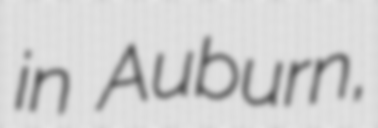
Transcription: in Auburn,